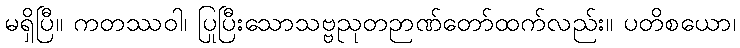
မရှိပြီ။ ကတဿဝါ၊ ပြုပြီးသောသဗ္ဗညုတဉာဏ်တော်ထက်လည်း။ ပတိစယော၊